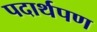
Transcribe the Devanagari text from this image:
पदार्थपण